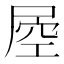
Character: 𡲀